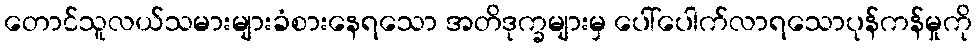
တောင်သူလယ်သမားများခံစားနေရသော အတိဒုက္ခများမှ ပေါ်ပေါက်လာရသောပုန်ကန်မှုကို